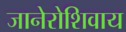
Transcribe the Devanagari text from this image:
जानेरोशिवाय